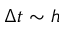
\Delta t \sim h